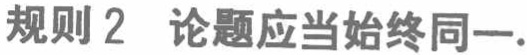
规则2  论题应当始终同一.